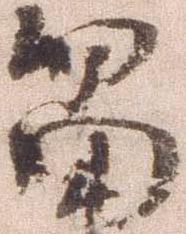
留